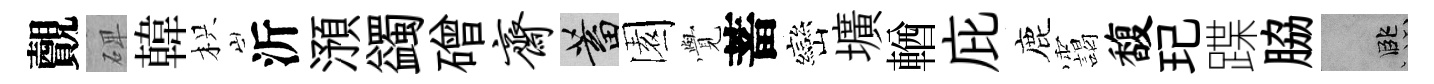
覿𥓓韓枳沂澦蠲磳斋蓄園𮗜蓄巒壙輶庇鹿靄馥玘蹀脇孟